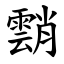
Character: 䨭